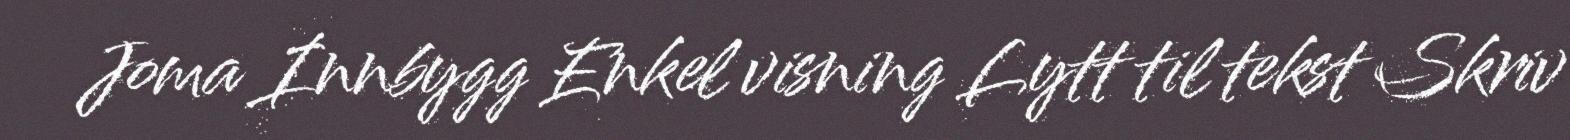
Joma Innbygg Enkel visning Lytt til tekst Skriv